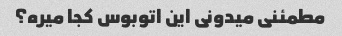
مطمئنی میدونی این اتوبوس کجا میره؟